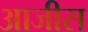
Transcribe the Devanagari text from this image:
आजीस